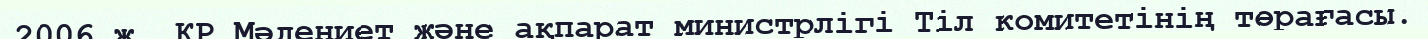
2006 ж. ҚР Мәдениет және ақпарат министрлігі Тіл комитетінің төрағасы.